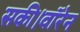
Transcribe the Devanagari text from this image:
सकी।वॉरेन